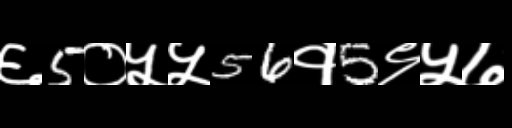
Text: ६5०५५56१5९५७